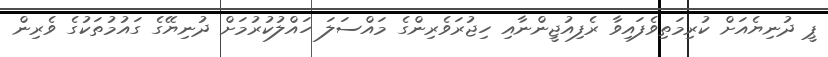
ޕީ ދުނިޔެއަށް ކުރިމަތިވެފައިވާ ރެފިއުޖީންނާއި ހިޖުރަވެރިންގެ މައްސަލަ ހައްލުކުރުމަށް ދުނިޔޭގެ ގައުމުތަކުގެ ވެރިން